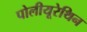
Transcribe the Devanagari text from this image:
पोलीयूरेथिन